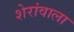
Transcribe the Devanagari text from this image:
शेरांवाला